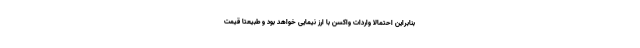
بنابراین احتمالا واردات واکسن با ارز نیمایی خواهد بود و طبیعتا قیمت